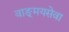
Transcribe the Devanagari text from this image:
वाङ्‌मयसेवा